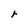
Character: r